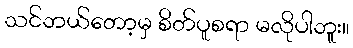
သင်ဘယ်တော့မှ စိတ်ပူစရာ မလိုပါဘူး။